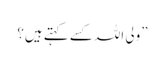
”ولی اللہ کسے کہتے ہیں؟